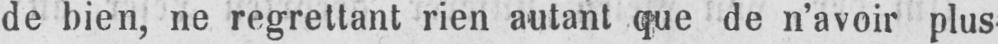
de bien, ne regrettant rien autant que de n’avoir plus